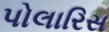
પોલારિસ